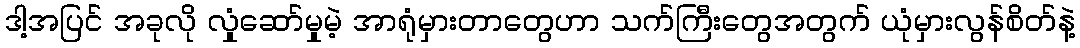
ဒါ့အပြင် အခုလို လှုံဆော်မှုမဲ့ အာရုံမှားတာတွေဟာ သက်ကြီးတွေအတွက် ယုံမှားလွန်စိတ်နဲ့